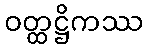
ဝတ္ထဋ္ဌိကဿ